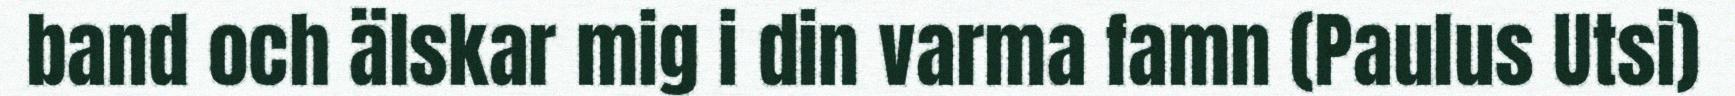
band och älskar mig i din varma famn (Paulus Utsi)